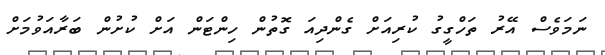
ނަމަވެސް އޭރު ތަހްގީގު ކުރިއަށް ގެންދިއަ ގޮތުން ހިންޓަން އަށް ކުށުން ބަރާއަވުމަށް